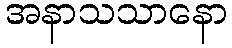
အနာသသာနော